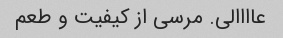
عاااالی. مرسی از کیفیت و طعم